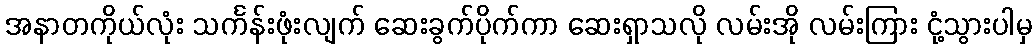
အနာတကိုယ်လုံး သင်္ကန်းဖုံးလျက် ဆေးခွက်ပိုက်ကာ ဆေးရှာသလို လမ်းအို လမ်းကြား ငုံ့သွားပါမှ